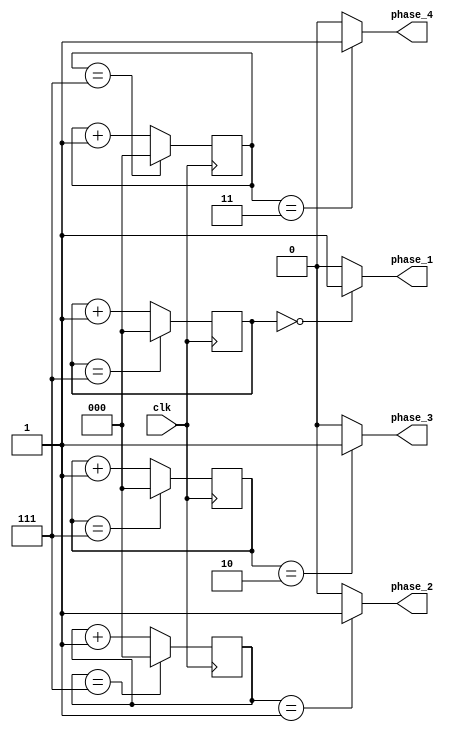
module multi_phase_clock_divider (
    input wire clk,      // Input clock signal
    output wire phase_1, // Output signal for phase 1
    output wire phase_2, // Output signal for phase 2
    output wire phase_3, // Output signal for phase 3
    output wire phase_4  // Output signal for phase 4
);

reg [2:0] counter_1 = 3'b000; // Counter for phase 1
reg [2:0] counter_2 = 3'b000; // Counter for phase 2
reg [2:0] counter_3 = 3'b000; // Counter for phase 3
reg [2:0] counter_4 = 3'b000; // Counter for phase 4

always @(posedge clk) begin
    // Increment counters
    counter_1 <= counter_1 + 1;
    counter_2 <= counter_2 + 1;
    counter_3 <= counter_3 + 1;
    counter_4 <= counter_4 + 1;

    // Reset counters when necessary
    if (counter_1 == 3'b111) counter_1 <= 3'b000;
    if (counter_2 == 3'b111) counter_2 <= 3'b000;
    if (counter_3 == 3'b111) counter_3 <= 3'b000;
    if (counter_4 == 3'b111) counter_4 <= 3'b000;
end

assign phase_1 = (counter_1 == 3'b000) ? 1'b1 : 1'b0;
assign phase_2 = (counter_2 == 3'b001) ? 1'b1 : 1'b0;
assign phase_3 = (counter_3 == 3'b010) ? 1'b1 : 1'b0;
assign phase_4 = (counter_4 == 3'b011) ? 1'b1 : 1'b0;

endmodule